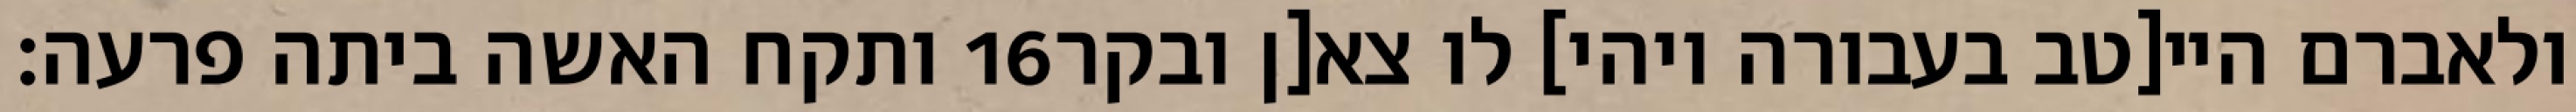
ותקח האשה ביתה פרעה׃ ‎16‏ ולאברם היי[טב בעבורה ויהי] לו צא[ן ובקר